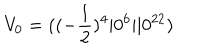
V _ { 0 } = ( ( - { \frac { 1 } { 2 } } ) ^ { 4 } \vert 0 ^ { 6 } \vert \vert 0 ^ { 2 2 } )